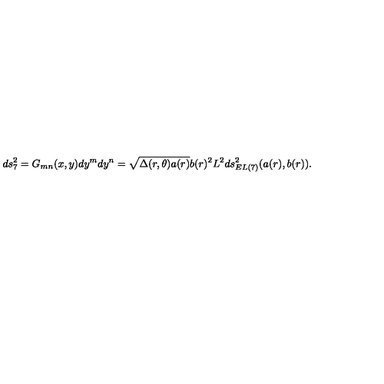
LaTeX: d s _ { 7 } ^ { 2 } = G _ { m n } ( x , y ) d y ^ { m } d y ^ { n } = \sqrt { \Delta ( r , \theta ) a ( r ) } b ( r ) ^ { 2 } L ^ { 2 } d s _ { E L ( 7 ) } ^ { 2 } ( a ( r ) , b ( r ) ) .